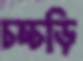
চচ্চড়ি